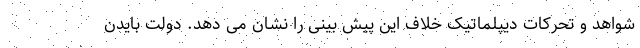
شواهد و تحرکات دیپلماتیک خلاف این پیش بینی را نشان می دهد. دولت بایدن